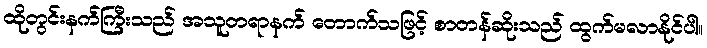
ထိုတွင်းနက်ကြီးသည် အသူတရာနက် တောက်သဖြင့် စာတန်ဆိုးသည် ထွက်မလာနိုင်ပါ။